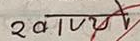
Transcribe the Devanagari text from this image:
२ अ | व श